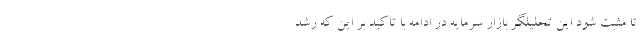
تا مثبت شود این تحلیلگر بازار سرمایه در ادامه با تاکید بر این که رشد